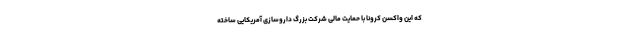
که این واکسن کرونا با حمایت مالی شرکت بزرگ داروسازی آمریکایی ساخته